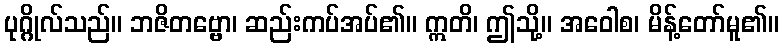
ပုဂ္ဂိုလ်သည်။ ဘဇိတဗ္ဗော၊ ဆည်းကပ်အပ်၏။ ဣတိ၊ ဤသို့။ အဝေါစ၊ မိန့်တော်မူ၏။